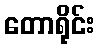
တောရိုင်း